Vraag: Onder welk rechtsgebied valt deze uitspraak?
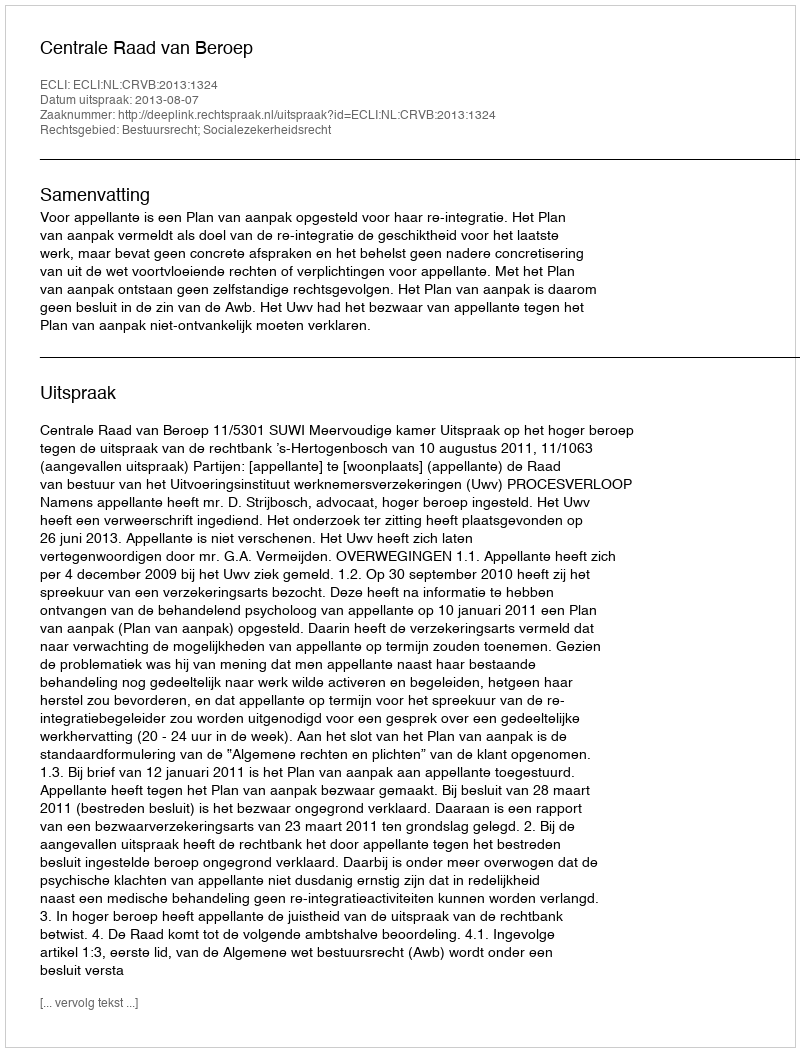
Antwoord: Bestuursrecht; Socialezekerheidsrecht